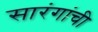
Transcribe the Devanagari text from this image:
सारंगांची